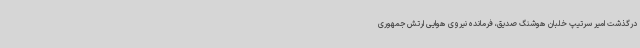
درگذشت امیر سرتیپ خلبان هوشنگ صدیق، فرمانده نیروی هوایی ارتش جمهوری